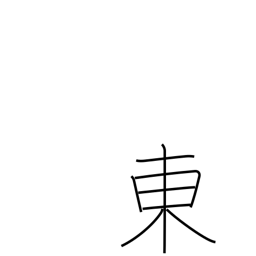
Meaning: east